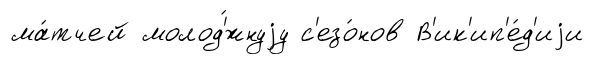
ма́тчей молод'́жнуjу с'езо́нов В'ик'ип'е́д'иjи